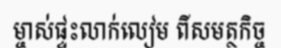
ម្ចាស់ផ្ទះលាក់លៀម ពីសមត្ថកិច្ច